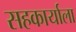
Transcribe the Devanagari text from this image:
सहकार्याला